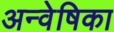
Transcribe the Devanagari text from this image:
अन्वेषिका